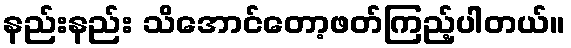
နည်းနည်း သိအောင်တော့ဖတ်ကြည့်ပါတယ်။